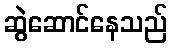
ဆွဲဆောင်နေသည်